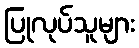
ပြုလုပ်သူများ